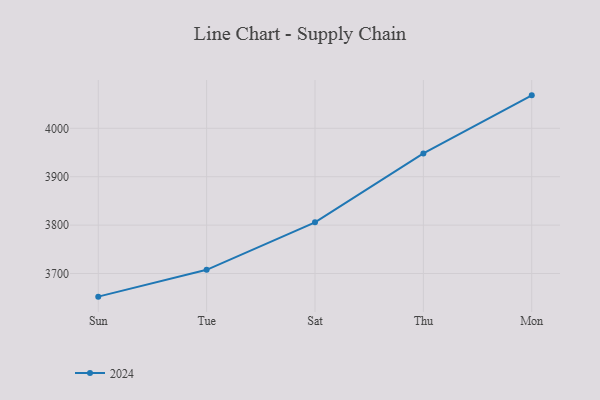
{"axis": {"x": "Day", "y": "Website Visitors"}, "legend": ["2024"], "data": [{"x": "Sun", "y": 3652.2, "type": "2024"}, {"x": "Tue", "y": 3707.6, "type": "2024"}, {"x": "Sat", "y": 3805.8, "type": "2024"}, {"x": "Thu", "y": 3948.1, "type": "2024"}, {"x": "Mon", "y": 4068.1, "type": "2024"}]}